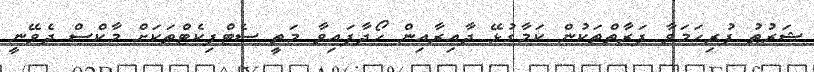
ޝަރުޠު ފުރިހަމަވާ ފަރާތްތަކުން ކަމާގުޅޭ ދާއިރާއިން ހޯދާފައިވާ މަތީ ސެޓްފިކެޓްތަކަށް މާކްސް ދެވޭނީ